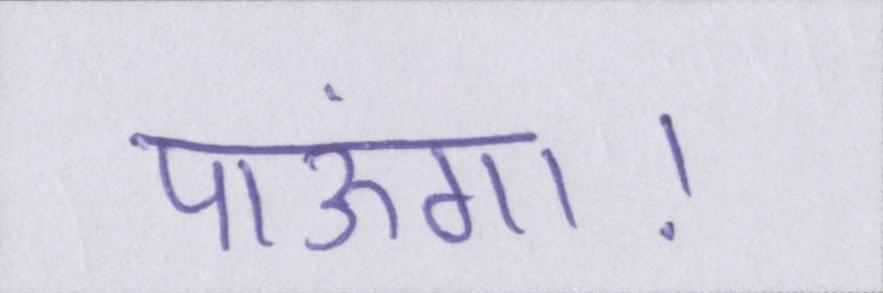
पाऊंगा।